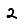
Digit: 2